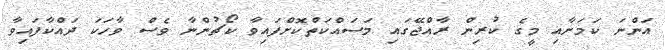
އަންނަ ކަމަށާއި މީގެ ކުރިން ރާއްޖޭގައި މަސައްކަތްކޮށްފައިވާ ކޯޗުންނާ ވެސް ވާހަކަ ދައްކާފައިވާ